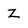
Character: Z